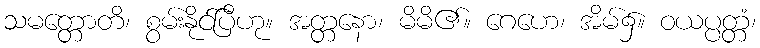
သမတ္တောတိ၊ စွမ်းနိုင်ပြီဟု။ အတ္တနော၊ မိမိ၏။ ဂေဟေ၊ အိမ်၌။ ဝယပ္ပတ္တံ၊